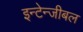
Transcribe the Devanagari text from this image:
इन्टेन्जीबल